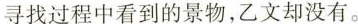
寻找过程中看到的景物，乙文却没有。